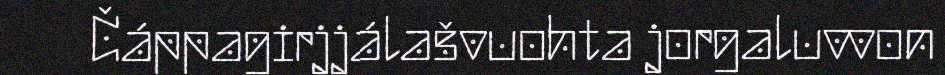
Čáppagirjjálašvuohta jorgaluvvon